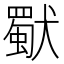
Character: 𤢜